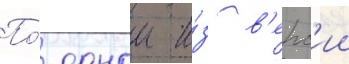
По́ однои и́з в'ерс'ии